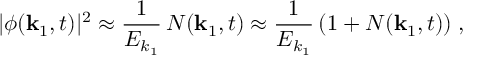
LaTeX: | \phi ( { \bf k } _ { 1 } , t ) | ^ { 2 } \approx \frac { 1 } { E _ { k _ { 1 } } } \, N ( { \bf k } _ { 1 } , t ) \approx \frac { 1 } { E _ { k _ { 1 } } } \, ( 1 + N ( { \bf k } _ { 1 } , t ) ) \; ,